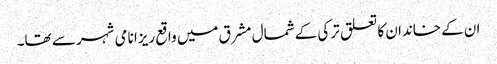
ان کے خاندان کا تعلق ترکی کے شمال مشرق میں واقع ریزا نامی شہر سے تھا۔